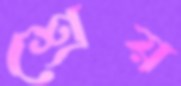
শ্রেয়